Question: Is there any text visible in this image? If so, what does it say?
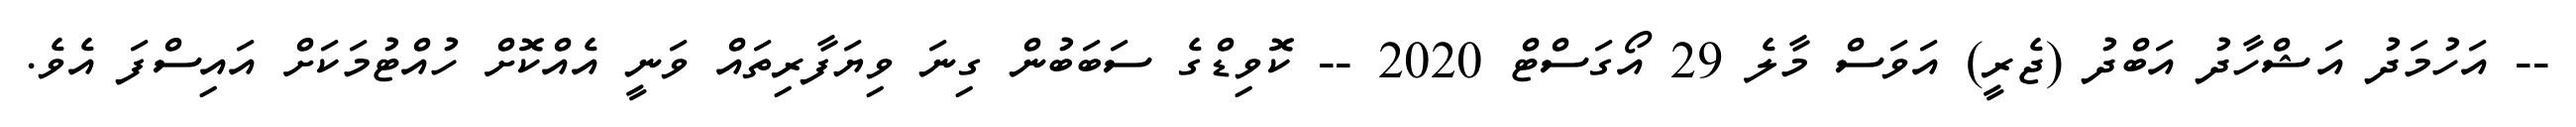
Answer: -- އަހުމަދު އަޝްހާދު އަބްދު (ޖެރީ) އަވަސް މާލެ 29 އޯގަސްޓް 2020 -- ކޮވިޑްގެ ސަބަބުން ގިނަ ވިޔަފާރިތައް ވަނީ އެއްކޮށް ހުއްޓުމަކަށް އައިސްފަ އެވެ.